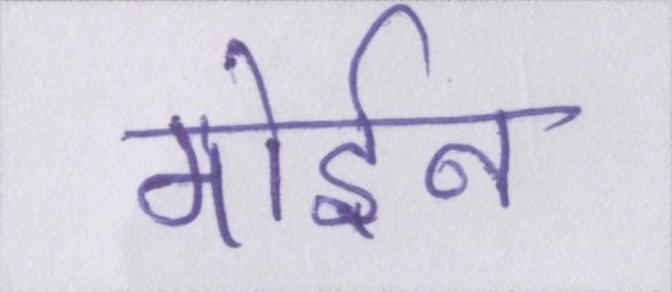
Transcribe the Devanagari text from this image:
मोईन